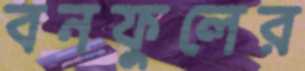
বনফুলের